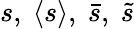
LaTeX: s,\ \langle s\rangle,\ \bar{s},\ \tilde{s}